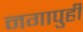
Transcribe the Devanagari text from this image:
नगापुही